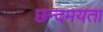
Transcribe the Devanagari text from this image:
छन्दमयता